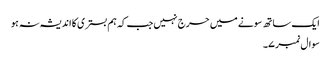
ایک ساتھ سونے میں حرج نہیں جب کہ ہم بستری کا اندیشہ نہ ہو
سوال نمبر ۷۔